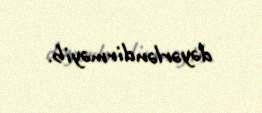
dəyərləndirməyib.